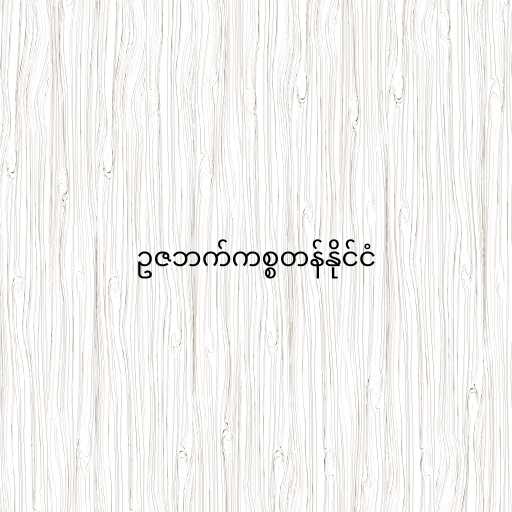
ဥဇဘက်ကစ္စတန်နိုင်ငံ